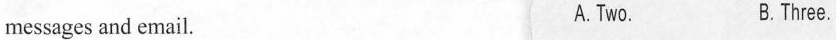
messages and email. A.Two. B.Three.